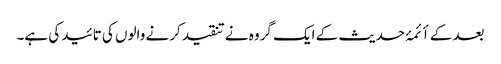
بعد کے أئمۂ حدیث کے ایک گروہ نے تنقید کرنے والوں کی تائید کی ہے۔